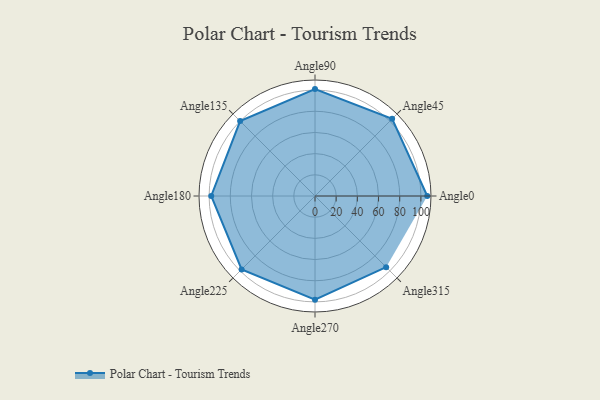
{"axis": {"x": "Angle", "y": "Radius"}, "legend": [""], "data": [{"x": "Angle0", "y": 106.0, "type": ""}, {"x": "Angle45", "y": 103.0, "type": ""}, {"x": "Angle90", "y": 101.0, "type": ""}, {"x": "Angle135", "y": 100.0, "type": ""}, {"x": "Angle180", "y": 98.0, "type": ""}, {"x": "Angle225", "y": 98.0, "type": ""}, {"x": "Angle270", "y": 98.0, "type": ""}, {"x": "Angle315", "y": 95.0, "type": ""}]}